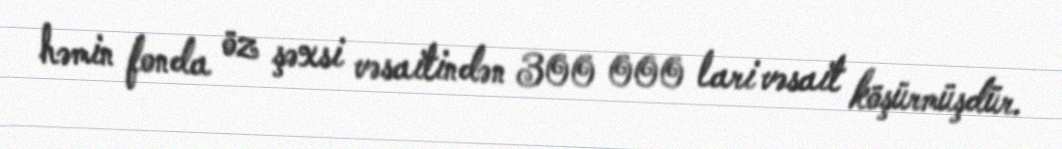
həmin fonda öz şəxsi vəsaitindən 300 000 lari vəsait köşürmüşdür.